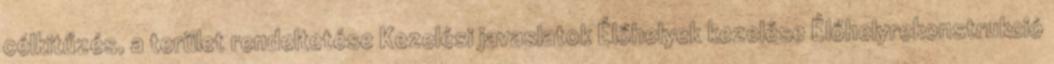
célkitűzés, a terület rendeltetése Kezelési javaslatok Élőhelyek kezelése Élőhelyrekonstrukció